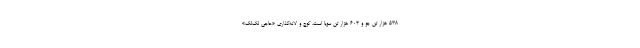
۵۳۸ هزار تن جو و ۶۰۳ هزار تن سویا است. کوچ و لانه‌گذاری «حاجی لک‌لک»